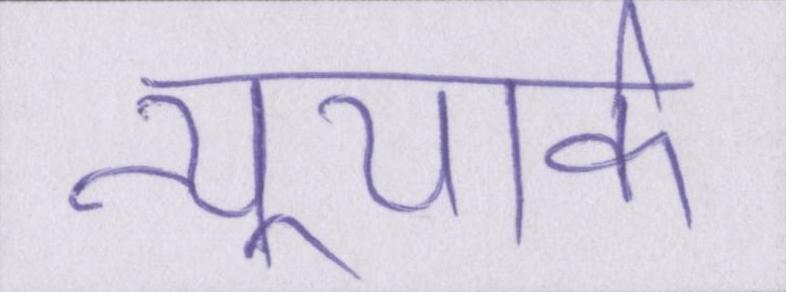
न्यूयार्क